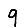
Digit: 9